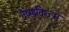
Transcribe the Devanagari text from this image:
वैष्णविज़्म